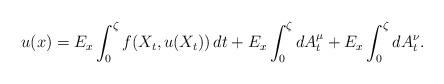
LaTeX: \begin{align*} u(x)=E_{x}\int_{0}^{\zeta}f(X_{t}, u(X_{t}))\,dt+E_{x}\int_{0}^{\zeta}dA_{t}^{\mu}+E_{x}\int_{0}^{\zeta}dA_{t}^{\nu}.\end{align*}